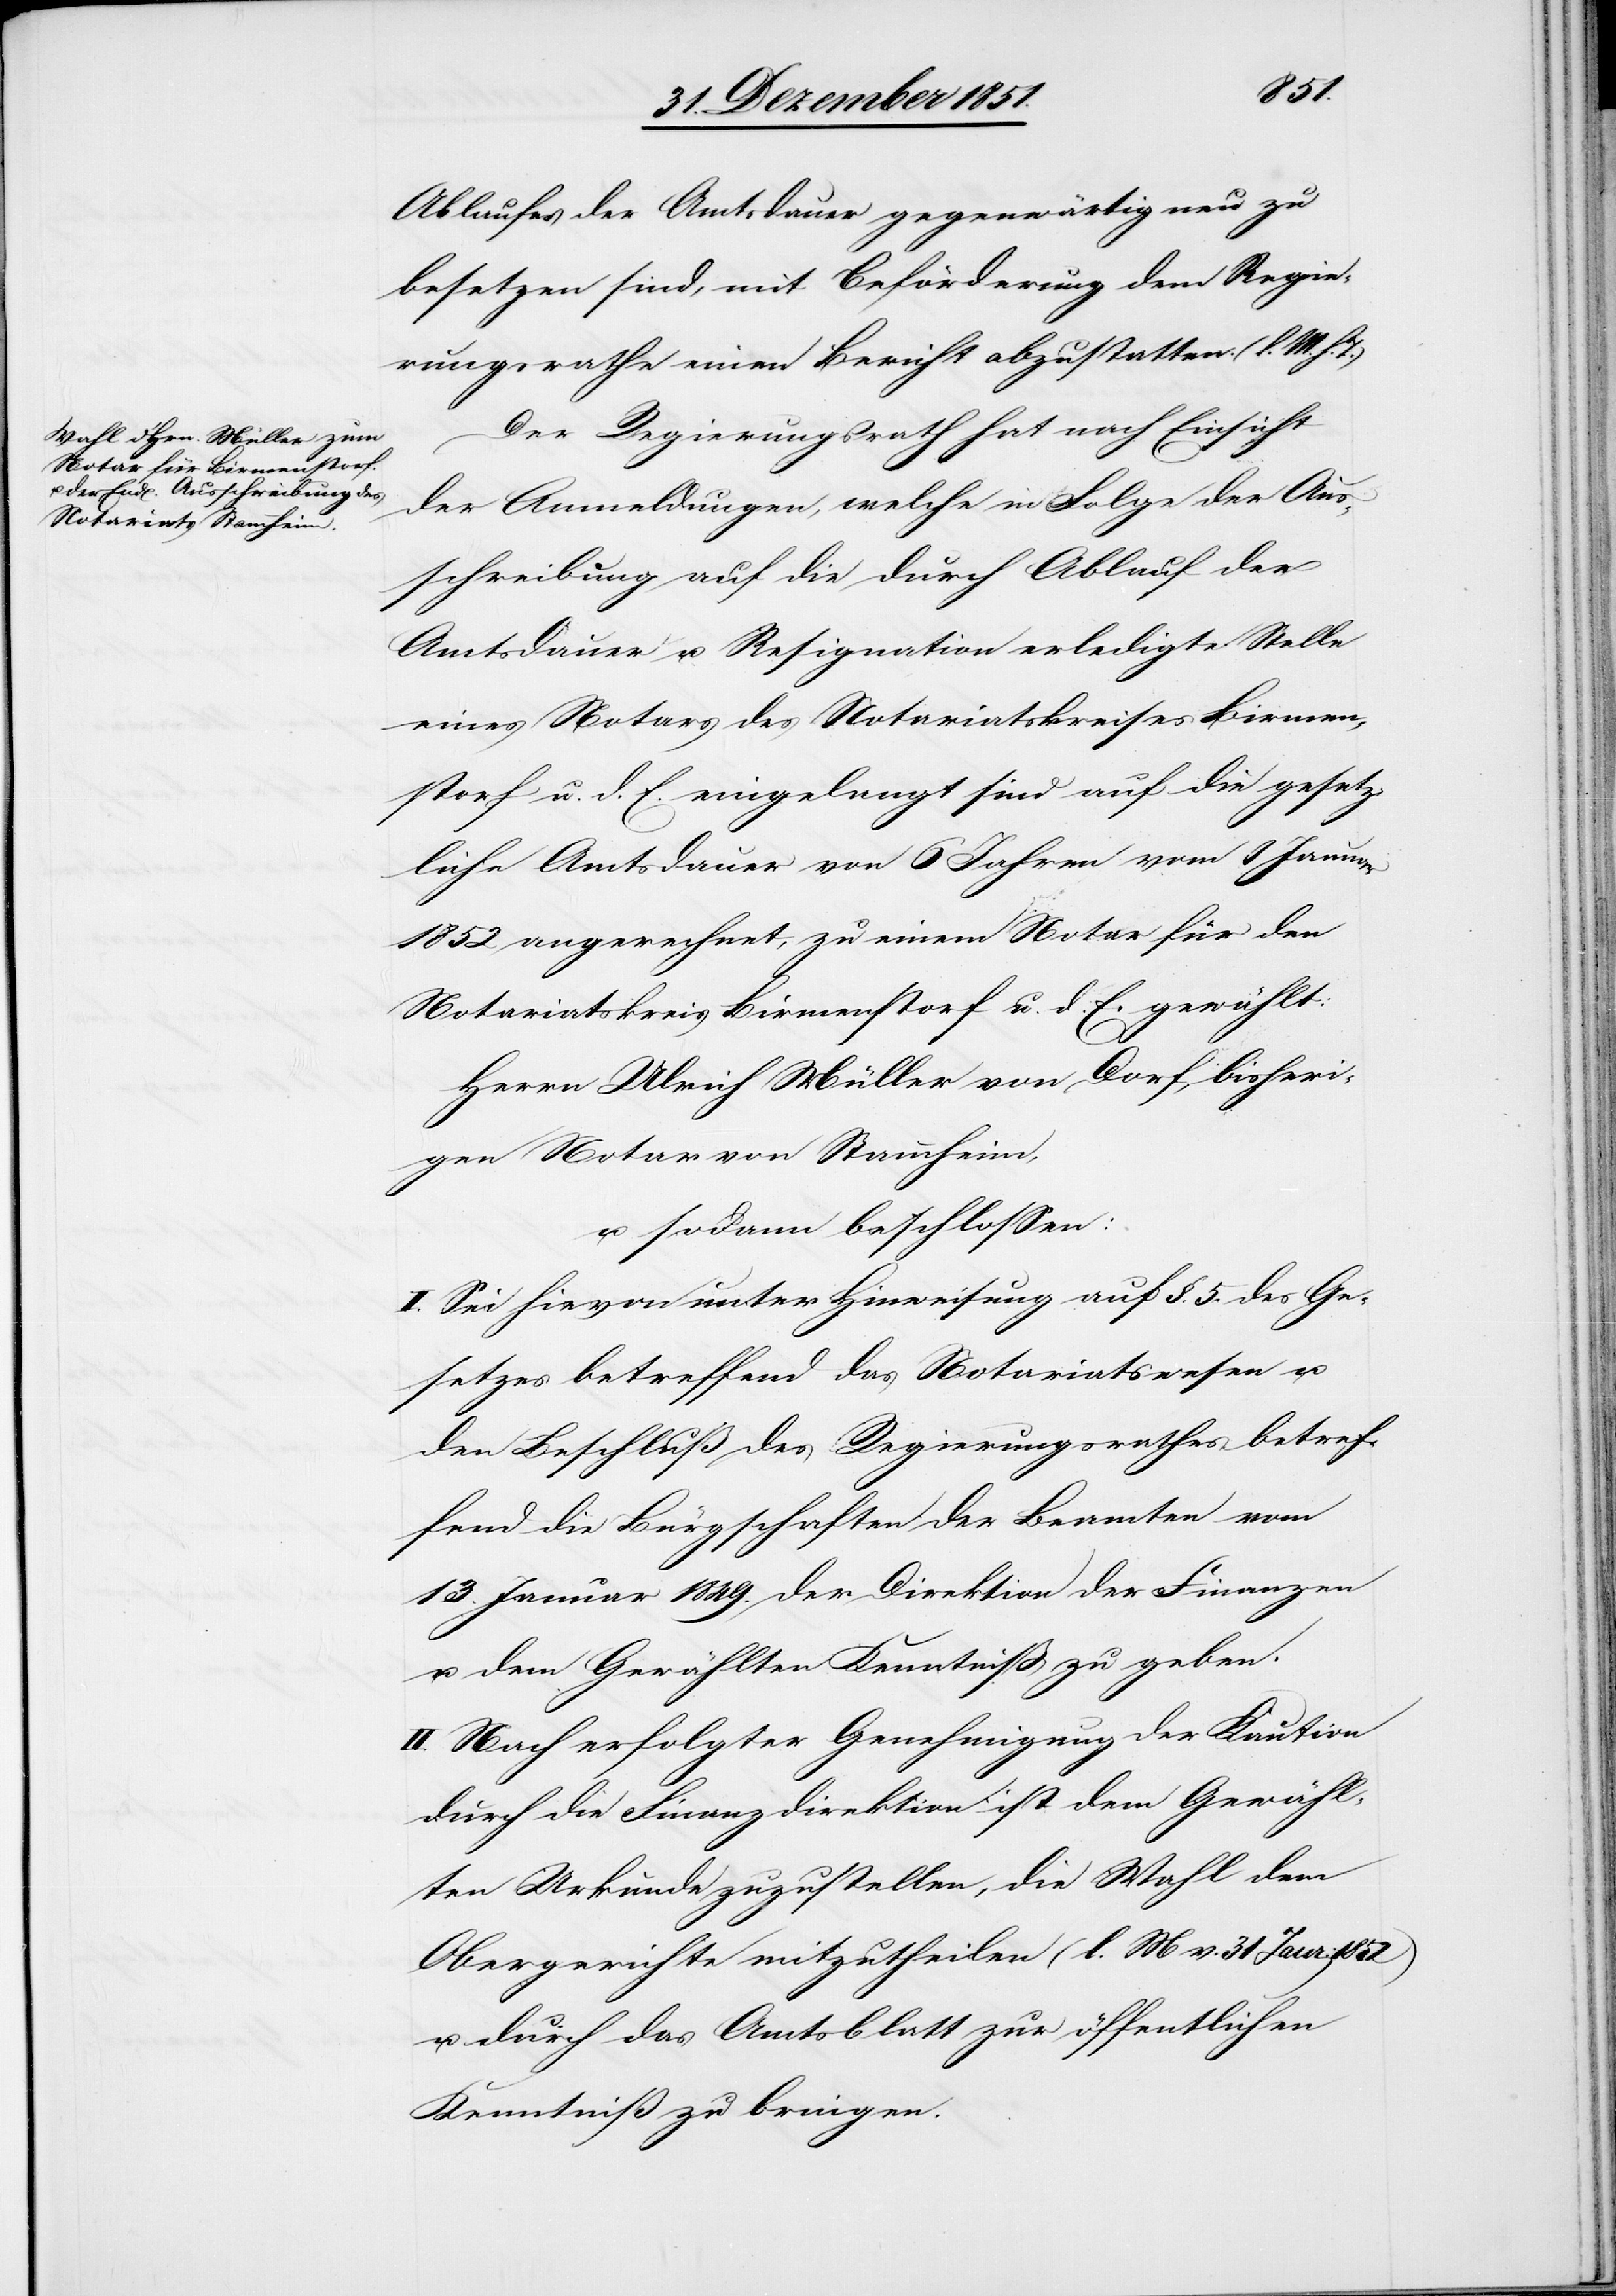
1852)
Ablaufes der Amtsdauer gegenwärtig neu zu
besetzen sind, mit Beförderung dem Regie¬
rungsrathe einen Bericht abzustatten. (l. M. h.
Der Regierungsrath hat nach Einsicht
der Anmeldungen, welche in Folge der Aus¬
schreibung auf die durch Ablauf der
Amtsdauer u. Resignation erledigte Stelle
eines Notars des Notariatskreises Birmen¬
storf u. d. E. eingelangt sind auf die gesetz¬
liche Amtsdauer von 6 Jahren vom 1 Januar
1852 angerechnet, zu einem Notar für den
Notariatskreis Birmenstorf u. d. E. gewählt:
Herrn Ulrich Müller von Dorf, bisheri¬
gen Notar von Stammheim,
u. sodann beschlossen:
I. Sei hievon unter Hinweisung auf §. 5. des Ge¬
setzes betreffend das Notariatswesen u.
den Beschluß des Regierungsrathes betref¬
fend die Bürgschaften der Beamten vom
13. Januar 1849. der Direktion der Finanzen
u. dem Gewählten Kenntniß zu geben.
II. Nach erfolgter Genehmigung der Kaution
durch die Finanzdirektion ist dem Gewähl¬
ten Urkunde zuzustellen, die Wahl dem
Obergerichte mitzutheilen (l. M v. 31 Janr:
u. durch das Amtsblatt zur öffentlichen
Kenntniß zu bringen.